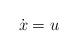
LaTeX: \begin{align*} \dot{x} = u \end{align*}